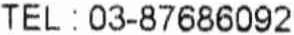
TEL : 03-87686092